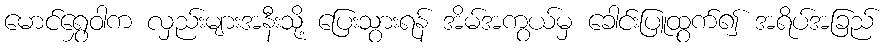
မောင်ရွှေဝါက လှည်းများအနီးသို့ ပြေးသွားရန် အိမ်အကွယ်မှ ခေါင်းပြူထွက်၍ အရိပ်အခြည်